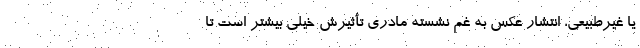
یا غیرطبیعی، انتشار عکسِ به غم نشسته مادری تأثیرش خیلی بیشتر است تا